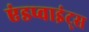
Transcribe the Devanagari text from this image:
एंडप्वाइंट्स